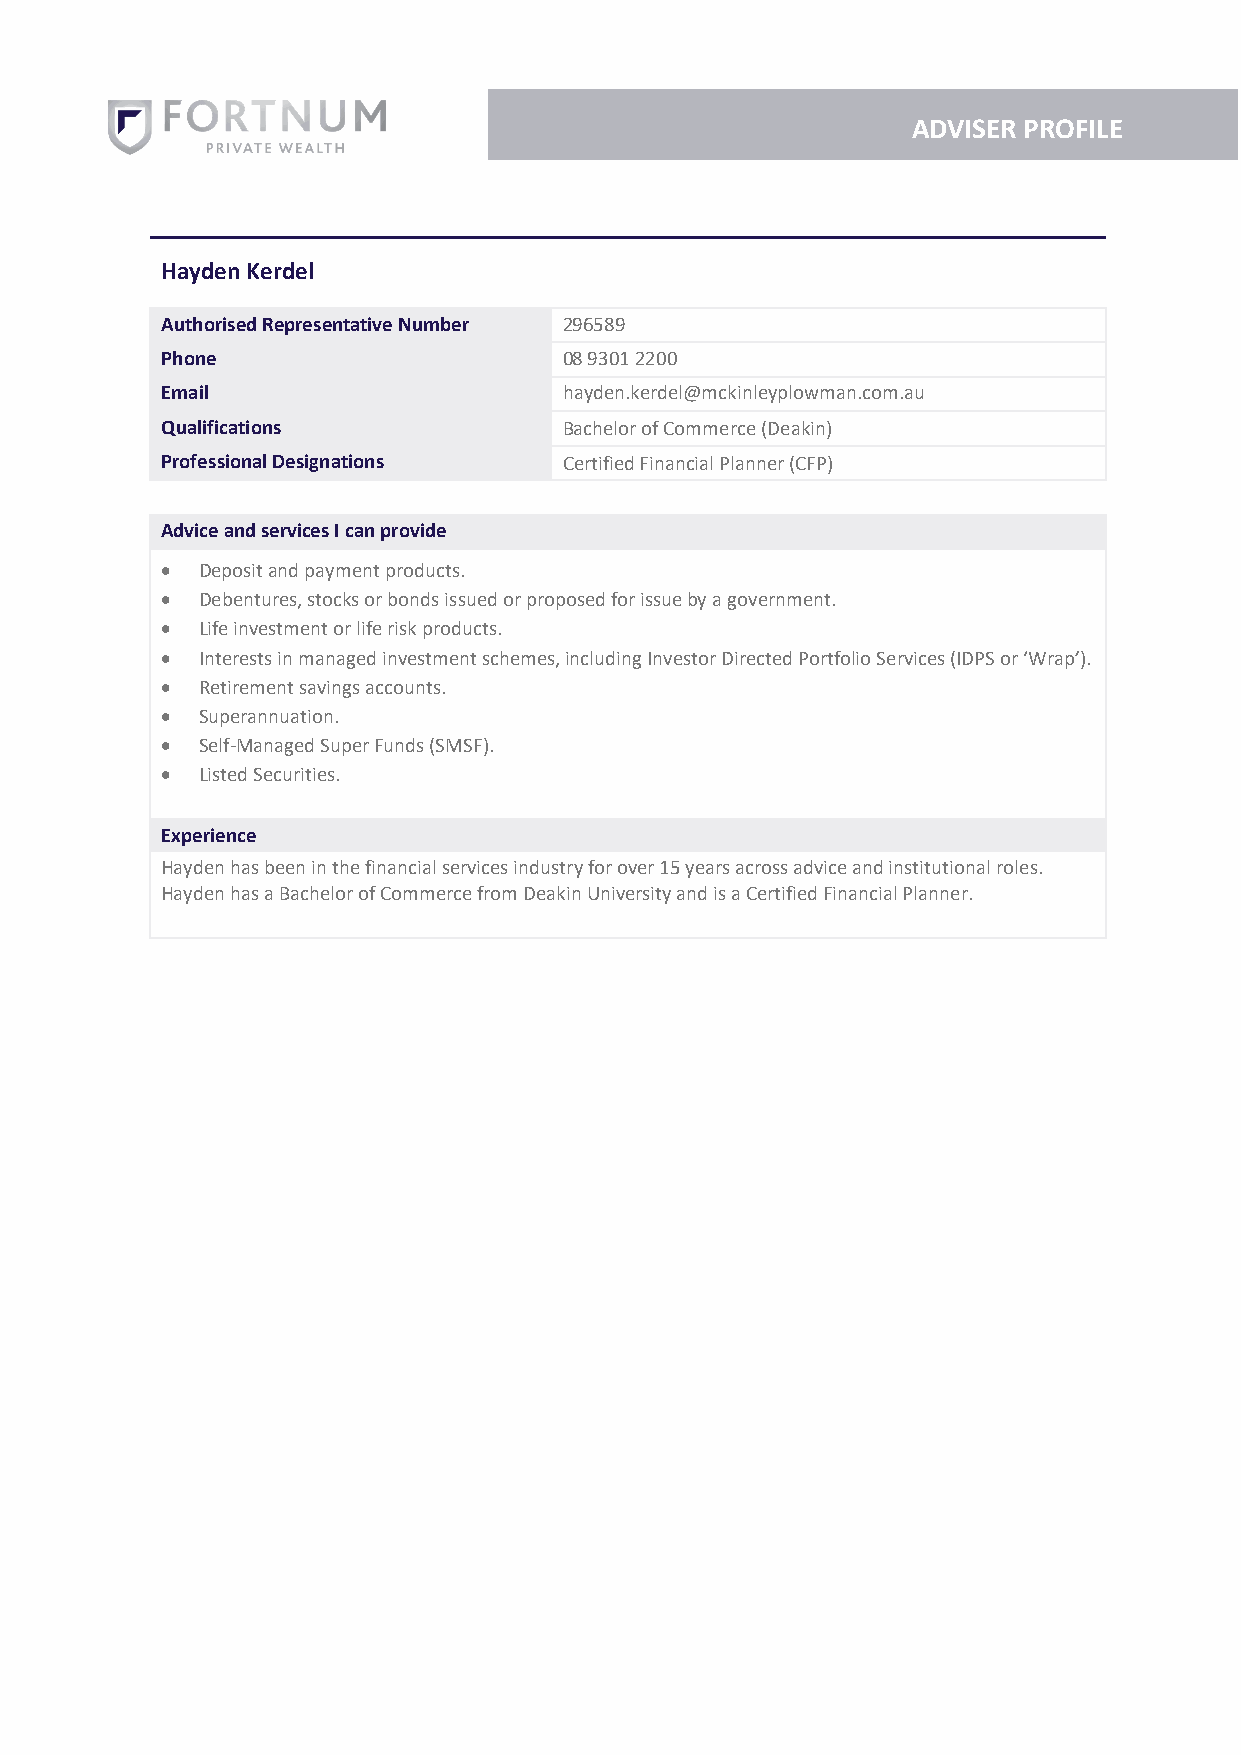
ADVISER PROFILE
 Hayden Kerdel
 Authorised Representative Number 296589
 Phone                     08 9301 2200
 Email                     hayden.kerdel@mckinleyplowman.com.au
 Qualifications            Bachelor of Commerce (Deakin)
 Professional Designations Certified Financial Planner (CFP)
 Advice and services I can provide
 • Deposit and payment products.
 • Debentures, stocks or bonds issued or proposed for issue by a government.
 • Life investment or life risk products.
 • Interests in managed investment schemes, including Investor Directed Portfolio Services (IDPS or ‘Wrap’).
 • Retirement savings accounts.
 • Superannuation.
 • Self-Managed Super Funds (SMSF).
 • Listed Securities.
 Experience
 Hayden has been in the financial services industry for over 15 years across advice and institutional roles.
 Hayden has a Bachelor of Commerce from Deakin University and is a Certified Financial Planner.